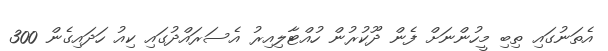
އެތަނުގައި ތިބި މީހުންނަށް ފެން ދޫކުރުން ހުއްޓާލިއިރު އެސަރައްދުގައި ކިއު ހަދައިގެން 300